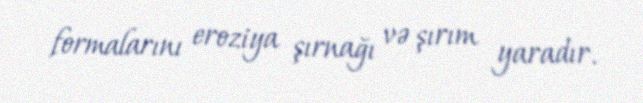
formalarını eroziya şırnağı və şırım yaradır.